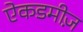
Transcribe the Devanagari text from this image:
ऐकडमीज़